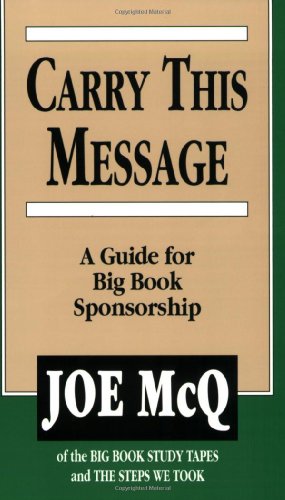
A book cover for Carry This Message; Joe McQ; Health, Fitness & Dieting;